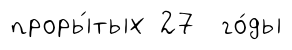
проры́тых 27 го́ды